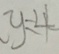
y = 4